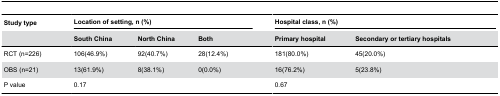
<table><thead><tr><td><b>Study type</b></td><td colspan="3"><b>Location of setting, n (%)</b></td><td></td><td colspan="2"><b>Hospital class, n (%)</b></td></tr><tr><td></td><td><b>South China</b></td><td><b>North China</b></td><td><b>Both</b></td><td></td><td><b>Primary hospital</b></td><td><b>Secondary or tertiary hospitals</b></td></tr></thead><tbody><tr><td>RCT (n=226)</td><td>106(46.9%)</td><td>92(40.7%)</td><td>28(12.4%)</td><td></td><td>181(80.0%)</td><td>45(20.0%)</td></tr><tr><td>OBS (n=21)</td><td>13(61.9%)</td><td>8(38.1%)</td><td>0(0.0%)</td><td></td><td>16(76.2%)</td><td>5(23.8%)</td></tr><tr><td>P value</td><td colspan="3">0.17</td><td></td><td colspan="2">0.67</td></tr></tbody></table>